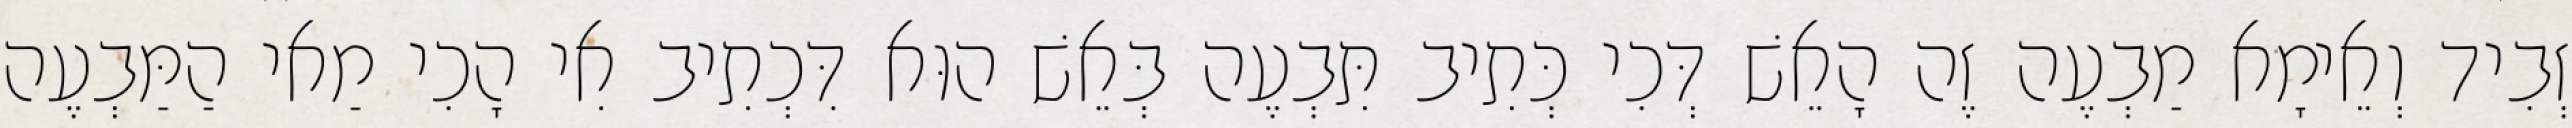
זְבִיד וְאֵימָא מַבְעֶה זֶה הָאֵשׁ דְּכִי כְּתִיב תִּבְעֶה בְּאֵשׁ הוּא דִּכְתִיב אִי הָכִי מַאי הַמַּבְעֶה